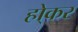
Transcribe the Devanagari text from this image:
हो्कर